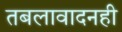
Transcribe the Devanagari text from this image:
तबलावादनही